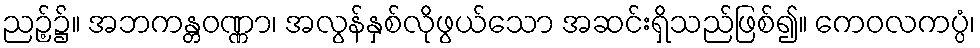
ညဉ့်၌။ အဘကန္တဝဏ္ဏာ၊ အလွန်နှစ်လိုဖွယ်သော အဆင်းရှိသည်ဖြစ်၍။ ကေဝလကပ္ပံ၊